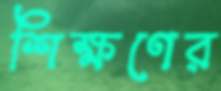
শিক্ষণের